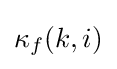
\kappa _{f}(k,i)\,\!